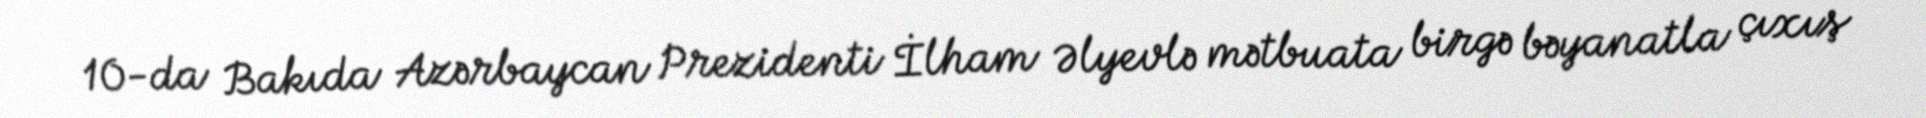
10-da Bakıda Azərbaycan Prezidenti İlham Əlyevlə mətbuata birgə bəyanatla çıxış